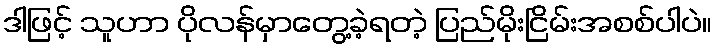
ဒါဖြင့် သူဟာ ပိုလန်မှာတွေ့ခဲ့ရတဲ့ ပြည်မိုးငြိမ်းအစစ်ပါပဲ။